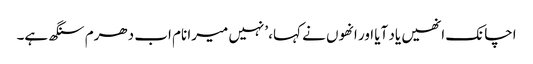
اچانک انھیں یاد آیا اور انھوں نے کہا، ’نہیں میرا نام اب دھرم سنگھ ہے۔